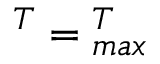
\l ^ { T } = \l _ { m a x } ^ { T }